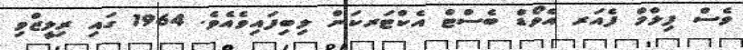
ވެސް ފިލްމް ފެއަރ އެވޯޑް ބެސްޓް އެކްޓަރކަން ލިބިފައިވެއެވެ. 1964 ގައި ރިލީޒްވި